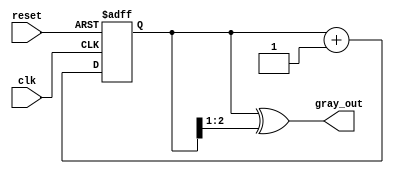
module gray_code_counter (
    input wire clk,            // Clock signal
    input wire reset,          // Asynchronous reset signal
    output reg [2:0] gray_out  // 3-bit Gray code output
);

    reg [2:0] binary_count;    // Internal binary counter

    // Combinational logic to convert binary to Gray code
    function [2:0] binary_to_gray(input [2:0] binary);
        begin
            binary_to_gray = binary ^ (binary >> 1);
        end
    endfunction

    always @(posedge clk or posedge reset) begin
        if (reset) begin
            binary_count <= 3'b000; // Reset binary count to 0
        end else begin
            binary_count <= binary_count + 1; // Increment binary count
        end
    end

    // Convert binary count to Gray code
    always @(*) begin
        gray_out = binary_to_gray(binary_count);
    end

endmodule